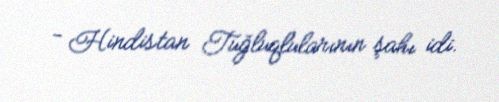
- Hindistan Tuğluqlularının şahı idi.